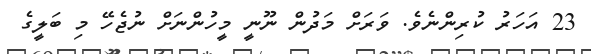
23 އަހަރު ކުރިންނެވެ. ވަރަށް މަދުން ނޫނީ މީހުންނަށް ނުޖެހޭ މި ބަލީގެ